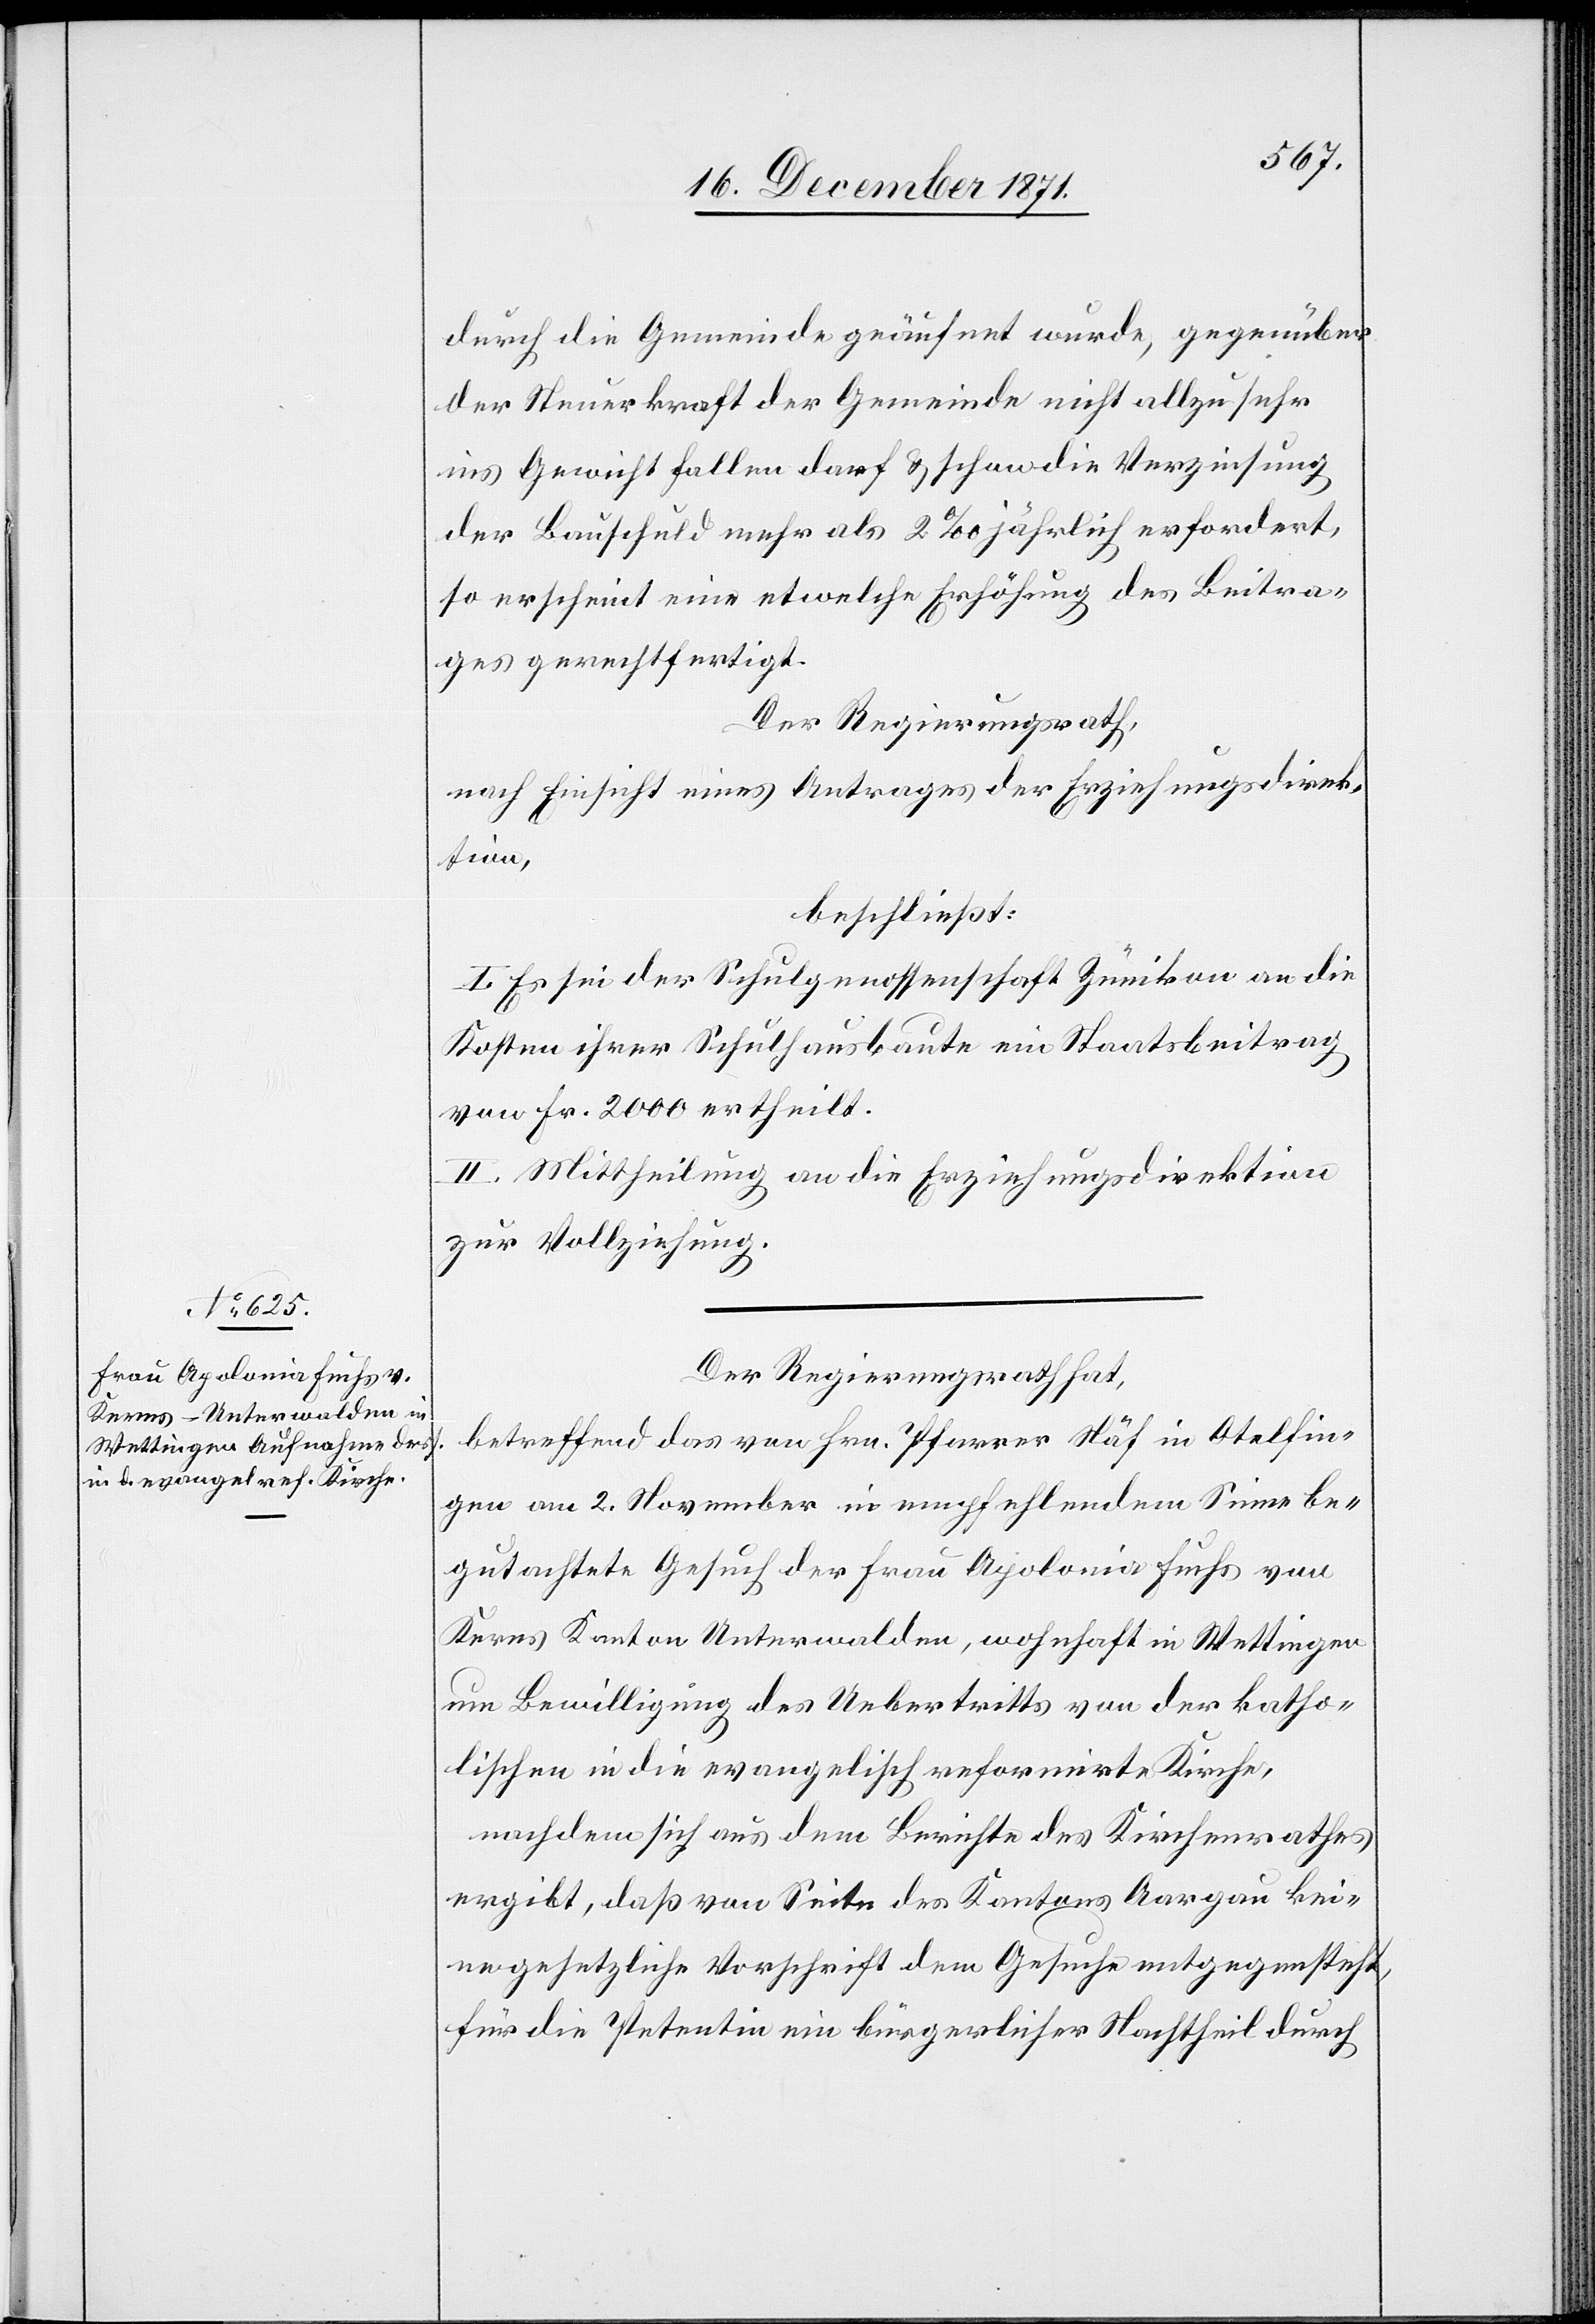
Der Regierungsrath hat,
betreffend das von Hrn. Pfarrer Näf in Otelfin¬
gen vom 2. November in empfehlenden Sinne be¬
gutachtete Gesuch der Frau Apolonia Fuchs von
Kerns Kanton Unterwalden, wohnhaft in Wettingen
um Bewilligung des Uebertritts von der katho¬
lischen in die evangelisch reformirte Kirche,
nachdem sich aus dem Berichte des Kirchenrathes
ergibt, daß von Seite des Kantons Aargau kei¬
ne gesetzliche Vorschrift dem Gesuche entgegensteht,
für die Petentin ein bürgerlicher Nachtheil durch